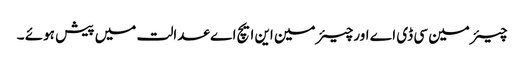
چیئرمین سی ڈی اے اورچیئرمین این ایچ اے عدالت میں پیش ہوئے ۔